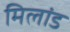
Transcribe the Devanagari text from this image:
मिलांड